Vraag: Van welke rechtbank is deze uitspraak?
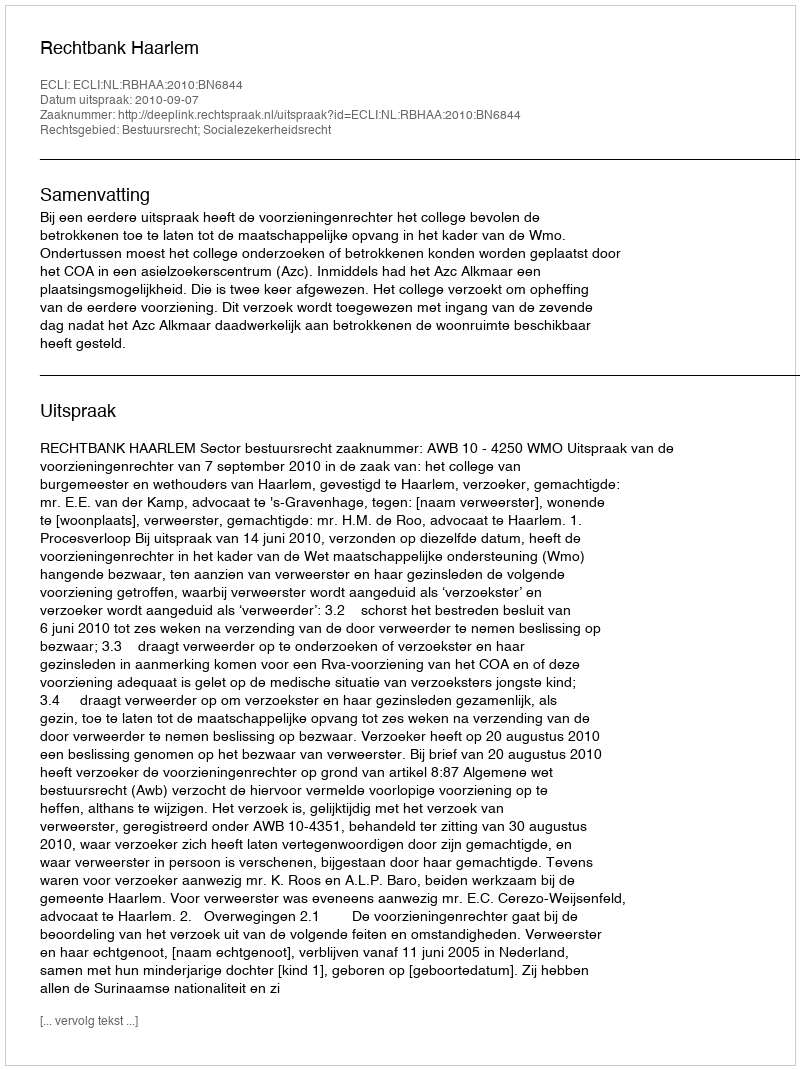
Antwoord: Rechtbank Haarlem